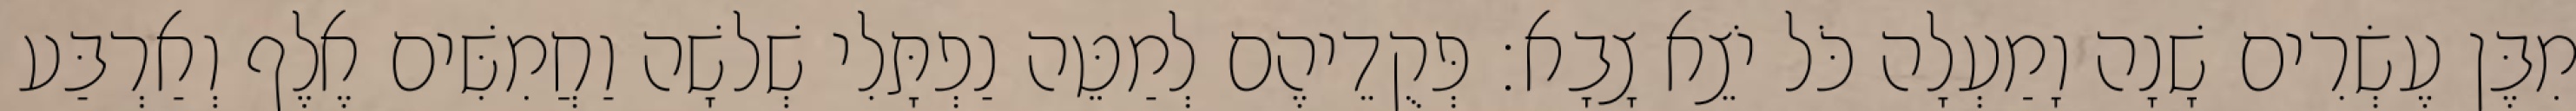
מִבֶּן עֶשְׂרִים שָׁנָה וָמַעְלָה כֹּל יֹצֵא צָבָא׃ פְּקֻדֵיהֶם לְמַטֵּה נַפְתָּלִי שְׁלשָׁה וַחֲמִשִּׁים אֶלֶף וְאַרְבַּע